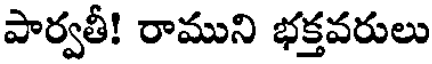
పార్వతీ! రాముని భక్తవరులు